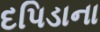
દપિડાના